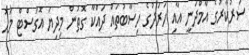
ސަރުކާރުގެ އާމްދަނީ އާއި ހަރަދުގެ ހިސާބުތައް ދައްކާ ގޮތުން މިދިޔަ އޮގަސްޓް މަހު